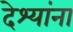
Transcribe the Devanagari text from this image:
देश्यांना